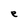
Character: e